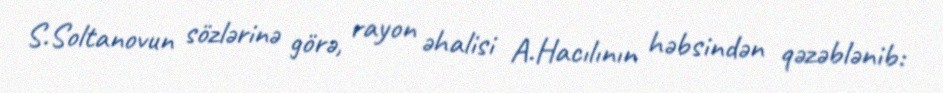
S.Soltanovun sözlərinə görə, rayon əhalisi A.Hacılının həbsindən qəzəblənib: